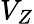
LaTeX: V_{Z}